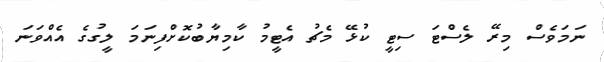
ނަމަވެސް މިރޭ ލެސްޓަ ސިޓީ ކުޅޭ މެޗު އެޓީމު ކާމިޔާބުކޮށްފިނަމަ ލީގުގެ އެއްވަނަ